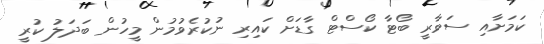
ކަމަށާއި ސަވާރީ ބޯޓާ ކޯސްޓް ގާޑަށް ކައިރި ނުކުރެވުމުން މީހުން ބަދަލު ކުރީ